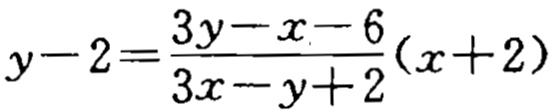
\(y - 2 = \frac{3y - x - 6}{3x - y + 2}(x + 2)\)